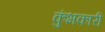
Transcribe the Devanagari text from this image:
कुंभकारी